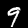
Label: 9